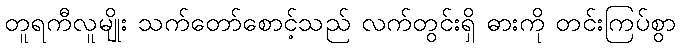
တူရကီလူမျိုး သက်တော်စောင့်သည် လက်တွင်းရှိ ဓားကို တင်းကြပ်စွာ